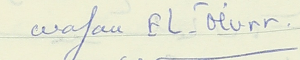
Wafaa EL-Murr